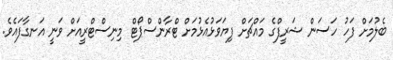
ބެލުމަށް ފަހު ހަސަން ޝަރީފްގެ މައްޗަށް ފިޔަވަޅުއެޅުމަށް ޓްރާންސްޕޯޓް މިނިސްޓްރީއަށް ވަނީ އަނގާފައެވެ.